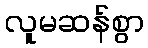
လူမဆန်စွာ